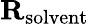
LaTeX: \mathbf{R}_{\mathrm{solvent}}